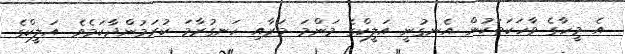
އެ މީހާގެ ވާހަކަތަކުން އެނގުނީ އަލީކްގެ މަންމަ މަރާއި ހަނގުރާމަ ކުރަމުންދާކަމެވެ. އަލީކްގެ